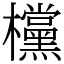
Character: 欓